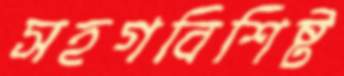
সহগবিশিষ্ট